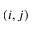
( i , j )